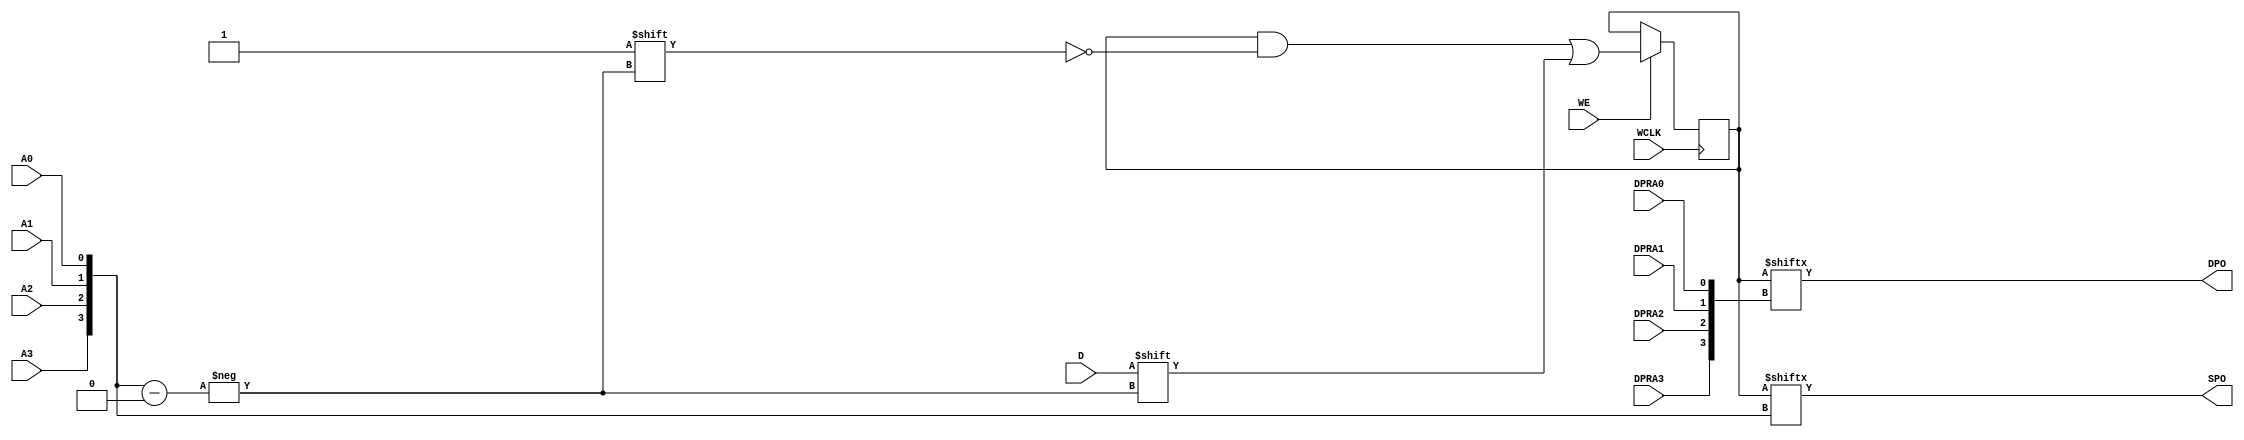
module RAM16X1D (
  output DPO, SPO,
  input  D,
  (* clkbuf_sink *)
  (* invertible_pin = "IS_WCLK_INVERTED" *)
  input  WCLK,
  input  WE,
  input  A0, A1, A2, A3,
  input  DPRA0, DPRA1, DPRA2, DPRA3
);
  parameter INIT = 16'h0;
  parameter IS_WCLK_INVERTED = 1'b0;
  wire [3:0] a = {A3, A2, A1, A0};
  wire [3:0] dpra = {DPRA3, DPRA2, DPRA1, DPRA0};
  reg [15:0] mem = INIT;
  assign SPO = mem[a];
  assign DPO = mem[dpra];
  wire clk = WCLK ^ IS_WCLK_INVERTED;
  always @(posedge clk) if (WE) mem[a] <= D;
endmodule